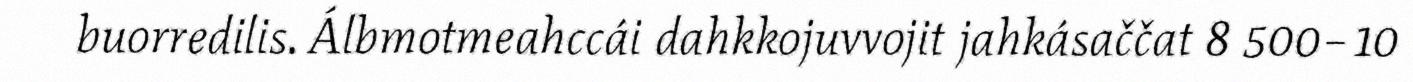
buorredilis. Álbmotmeahccái dahkkojuvvojit jahkásaččat 8 500–10